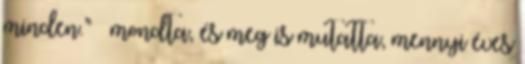
minden.” – mond­ta, és meg is mutatta, mennyi é­ves